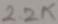
Text: 2.2K